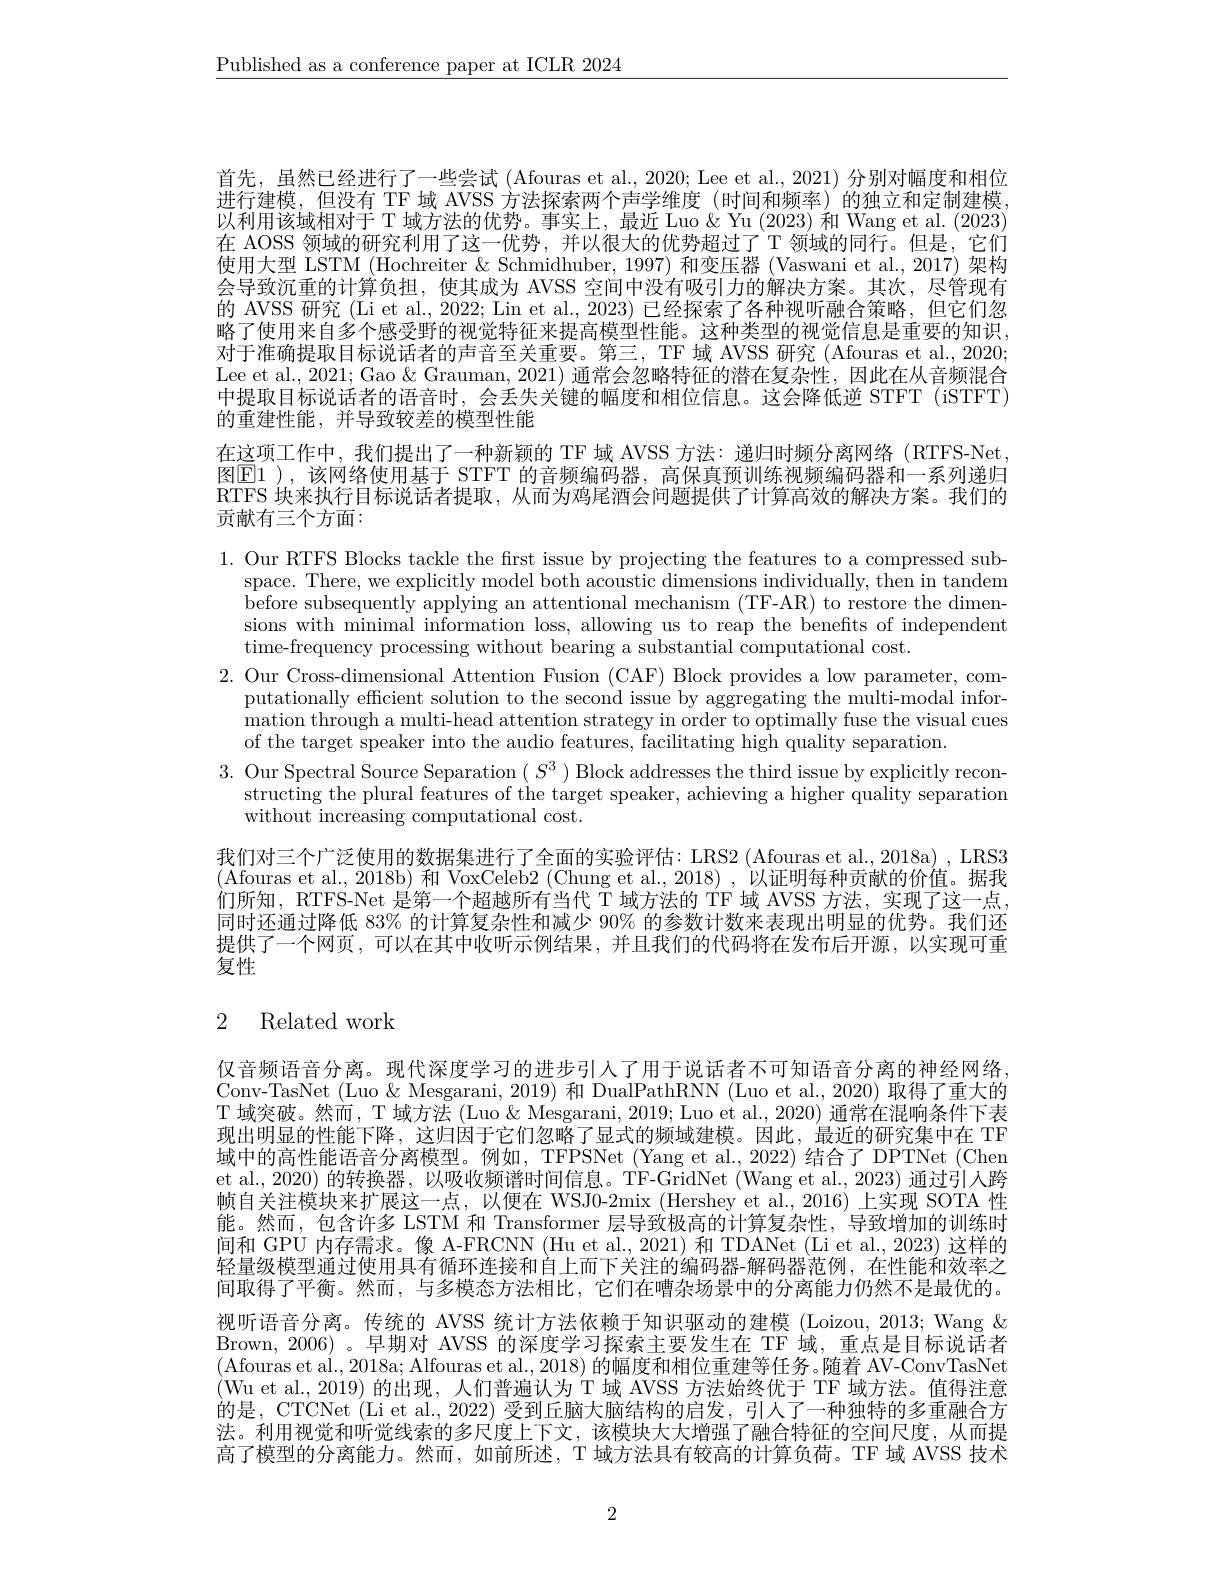
$\underline{\text{Published as a conference paper at ICLR 2024}}$

首先，虽然已经进行了一些尝试 (Afouras et al., 2020; Lee et al., 2021) 分别对幅度和相位进行建模，但没有 TF 域 AVSS 方法探索两个声学维度 (时间和频率)的独立和定制建模以利用该域相对于 T 域方法的优势。事实上，最近 Luo & Yu (2023)和 Wang et al. (2023) 在 AOSS 领域的研究利用了这一优势，并以很大的优势超过了T 领域的同行。但是，它们使用大型 LSTM (Hochreiter & Schmidhuber, 1997) 和变压器 (Vaswani et al., 2017) 架构会导致沉重的计算负担，使其成为 AVSS 空间中没有吸引力的解决方案。其次，尽管现有的 AVSS 研究 (Li et al., 2022; Lin et al., 2023) 已经探索了各种视听融合策略，但它们忽略了使用来自多个感受野的视觉特征来提高模型性能。这种类型的视觉信息是重要的知识， 对于准确提取目标说话者的声音至关重要。第三，TF 域 AVSS 研究 (Afouras et al., 2020; Lee et al., 2021; Gao & Grauman, 2021) 通常会忽略特征的潜在复杂性，因此在从音频混合中提取目标说话者的语音时，会丢失关键的幅度和相位信息。这会降低逆 STFT (iSTFT) 的重建性能，并导致较差的模型性能
在这项工作中，我们提出了一种新颖的 TF 域 AVSS 方法：递归时频分离网络 (RTFS-Net, 图$\overline{\mathrm{E}}1$ ),该网络使用基于 STFT 的音频编码器，高保真预训练视频编码器和一系列递归RTFS 块来执行目标说话者提取，从而为鸡尾酒会问题提供了计算高效的解决方案。我们的

贡献有三个方面：

1. Our RTFS Blocks tackle the frst issue by projecting the features to a compressed sub-
$\begin{array}{c}\mathrm{space.~There,~we~explicitly~model~both~acoustic~dimensions~individually,~then~in~tandem}\\\mathrm{space.~There,~we~explicitly~model~both~acoustic~dimens~individually,~then~in~tandem}\end{array}$ before subsequently applying an attentional mechanism (TF-AR) to restore the dimensions with minimal information loss, allowing us to reap the benefits of independent time-frequency processing without bearing a substantial computational cost.
2. Our Cross-dimensional Attention Fusion (CAF) Block provides a low parameter, com-
putationally effcient solution to the second issue by aggregating the multi-modal information through a multi-head attention strategy in order to optimally fuse the visual cues of the target speaker into the audio features, facilitating high quality separation.
3. Our Spectral Source Separation $(S^3)$ Block addresses the third issue by explicitly recon-
structing the plural features of the target speaker, achieving a higher quality separation
without increasing computational cost.

我们对三个广泛使用的数据集进行了全面的实验评估：LRS2 (Afouras et al., 2018a) , LRS3 (Afouras et al., 2018b) 和 VoxCeleb2 (Chung et al., 2018) , 认证明每种贡献的价值。据我们所知，RTFS-Net 是第一个超越所有当代 T 域方法的 TF 域 AVSS 方法，实现了这一点， 同时还通过降低 83% 的计算复杂性和减少 90% 的参数计数来表现出明显的优势。我们还提供了一个网页，可以在其中收听示例结果，并且我们的代码将在发布后开源，以实现可重复性

## 2 Related work

仅音频语音分离。现代深度学习的进步引入了用于说话者不可知语音分离的神经网络Conv-TasNet (Luo & Mesgarani, 2019) 和 DualPathRNN (Luo et al., 2020) 取得了重大的T 域突破。然而，T 域方法 (Luo & Mesgarani, 2019; Luo et al., 2020) 通常在混响条件下表现出明显的性能下降，这归因于它们忽略了显式的频域建模。因此，最近的研究集中在 TF 域中的高性能语音分离模型。例如，TFPSNet (Yang et al., 2022) 结合了 DPTNet (Chen et al., 2020) 的转换器，以吸收频谱时间信息。TF-GridNet (Wang et al., 2023) 通过引入跨帧自关注模块来扩展这一点，以便在 WSJ0-2mix (Hershey et al., 2016) 上实现 SOTA 性能。然而，包含许多 LSTM 和 Transformer 层导致极高的计算复杂性，导致增加的训练时间和 GPU 内存需求。像 A-FRCNN (Hu et al., 2021) 和 TDANet (Li et al., 2023) 这样的轻量级模型通过使用具有循环连接和自上而下关注的编码器-解码器范例，在性能和效率之间取得了平衡。然而，与多模态方法相比，它们在嘈杂场景中的分离能力仍然不是最优的。视听语音分离。传统的 AVSS 统计方法依赖于知识驱动的建模 (Loizou,2013;Wang & Brown, 2006)。早期对 AVSS 的深度学习探索主要发生在 TF 域，重点是目标说话者(Afouras et al., 2018a; Alfouras et al., 2018) 的幅度和相位重建等任务。随着 AV-ConvTasNet (Wu et al.,2019)的出现，人们普遍认为 T 域 AVSS 方法始终优于 TF 域方法。值得注意的是，CTCNet (Li et al., 2022) 受到丘脑大脑结构的启发，引人了一种独特的多重融合方法。利用视觉和听觉线索的多尺度上下文，该模块大大增强了融合特征的空间尺度，从而提高了模型的分离能力。然而，如前所述，T 域方法具有较高的计算负荷。TF 域 AVSS 技术

2